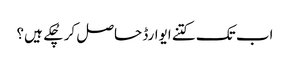
اب تک کتنے ایوارڈ حاصل کر چُکے ہیں؟